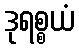
ဒုရစ္စယံ